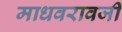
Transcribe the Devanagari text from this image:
माधवरावजी